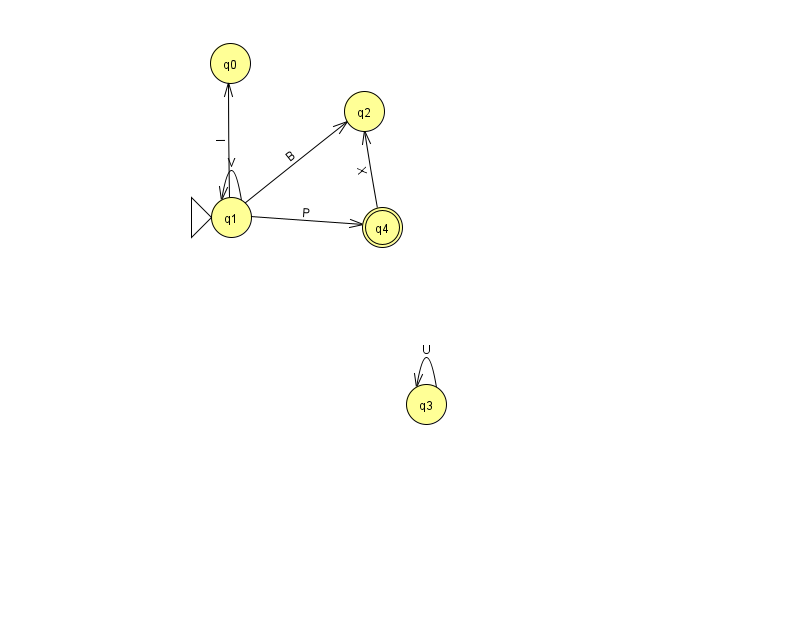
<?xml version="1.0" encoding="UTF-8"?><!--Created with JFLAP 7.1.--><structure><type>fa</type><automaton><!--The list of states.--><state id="0" name="q0"><x>230.0</x><y>50.0</y></state><state id="1" name="q1"><x>231.0</x><y>204.0</y><initial/></state><state id="2" name="q2"><x>364.0</x><y>98.0</y></state><state id="3" name="q3"><x>426.0</x><y>391.0</y></state><state id="4" name="q4"><x>382.0</x><y>214.0</y><final/></state><!--The list of transitions.--><transition><from>1</from><to>0</to><read>l</read></transition><transition><from>1</from><to>4</to><read>P</read></transition><transition><from>3</from><to>3</to><read>U</read></transition><transition><from>4</from><to>2</to><read>X</read></transition><transition><from>1</from><to>1</to><read>V</read></transition><transition><from>1</from><to>2</to><read>B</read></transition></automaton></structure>